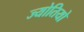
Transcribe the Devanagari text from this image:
ज्योतियो